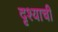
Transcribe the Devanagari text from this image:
दृश्याची